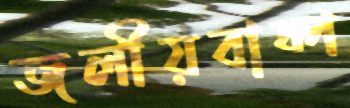
জলীয়বাষ্প